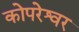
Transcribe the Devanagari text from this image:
कोपरेश्वर